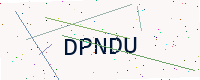
Text: DPNDU